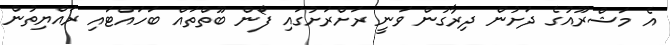
އެ މަޝްރޫއުގެ ދަށުން ދިރާގުން ވަނީ ރަށްރަށުގައި ފޯން ބޫތްތައް ބަހައްޓައި ރައްޔިތުން